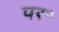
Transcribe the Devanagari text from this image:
पर॰